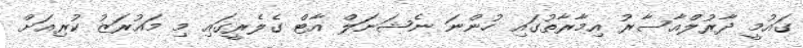
ގައުމީ ދާރުލްއާސާރު އިމާރާތުގައި ހުންނަ ނެޝަނަލް އާޓް ގެލެރީގައި މި މައުރަޒު ކުރިއަށް